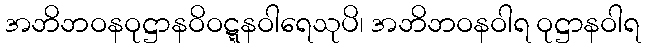
အဘိဘဝနဝုဋ္ဌာနဝိဝဋ္ဋနဝါရေသုပိ၊ အဘိဘဝနဝါရ ဝုဋ္ဌာနဝါရ